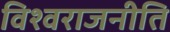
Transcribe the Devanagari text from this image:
विश्वराजनीति